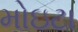
મોઇટા